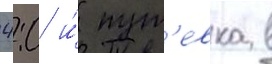
4:0 и́ пут'евка в